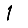
Digit: 1